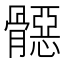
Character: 𱅳